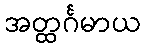
အတ္ထင်္ဂမာယ